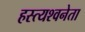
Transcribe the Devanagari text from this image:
हस्त्यश्वनेता